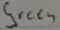
Text: Green